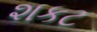
શકટ